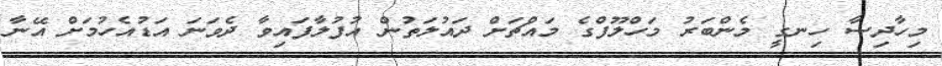
މިހާދިސާ ހިނގީ މެންބަރު މަހްލޫފްގެ މައްޗަށް ދައުލަތުން އުފުލާފައިވާ ދެވަަނަ އަޑުއެހުމަށް އޭނާ